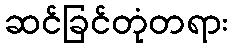
ဆင်ခြင်တုံတရား